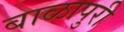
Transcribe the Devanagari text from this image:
बाळापुरी